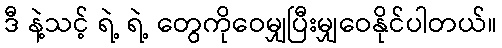
ဒီ နဲ့သင့် ရဲ့ ရဲ့ တွေကိုဝေမျှပြီးမျှဝေနိုင်ပါတယ်။